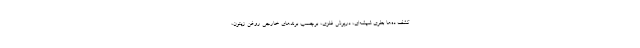
کشف ده‌ها بطری شیشه‌ای، درپوش فلزی، برچسب برندهای خارجی روغن زیتون،